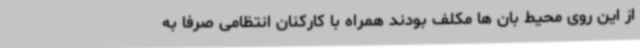
از این روی محیط بان ها مکلف بودند همراه با کارکنان انتظامی صرفا به